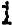
1